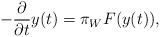
LaTeX: \begin{align*} - \frac{\partial}{\partial t} y (t) = \pi_W F (y(t)), \end{align*}